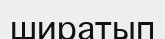
ширатып